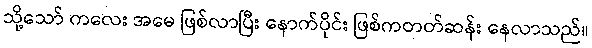
သို့သော် ကလေး အမေ ဖြစ်လာပြီး နောက်ပိုင်း ဖြစ်ကတတ်ဆန်း နေလာသည်။